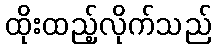
ထိုးထည့်လိုက်သည်